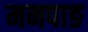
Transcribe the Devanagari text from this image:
मनपाङ